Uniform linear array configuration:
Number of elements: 16
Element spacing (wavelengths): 1
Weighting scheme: exponential
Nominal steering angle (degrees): -45
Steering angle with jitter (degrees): -44.135
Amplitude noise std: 0.05
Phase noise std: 0.05

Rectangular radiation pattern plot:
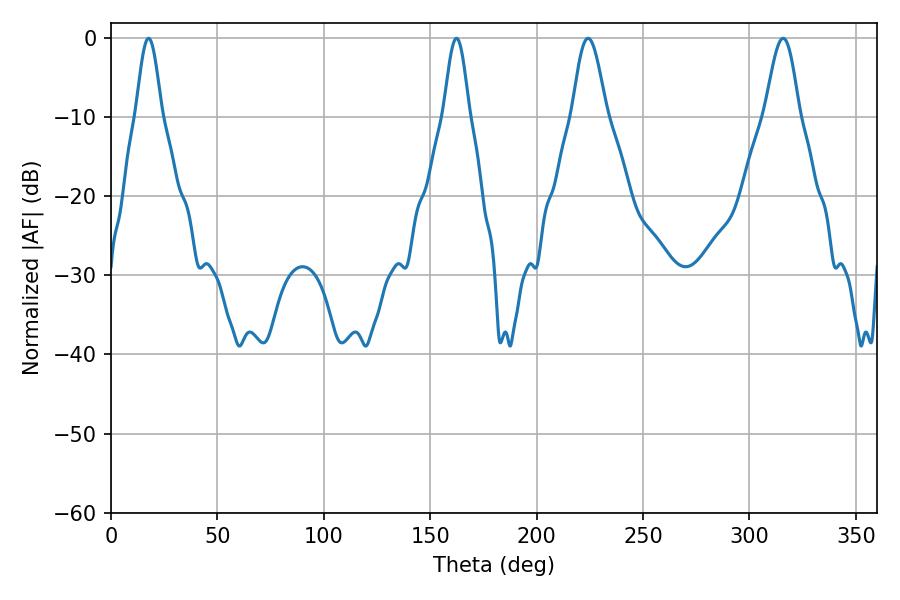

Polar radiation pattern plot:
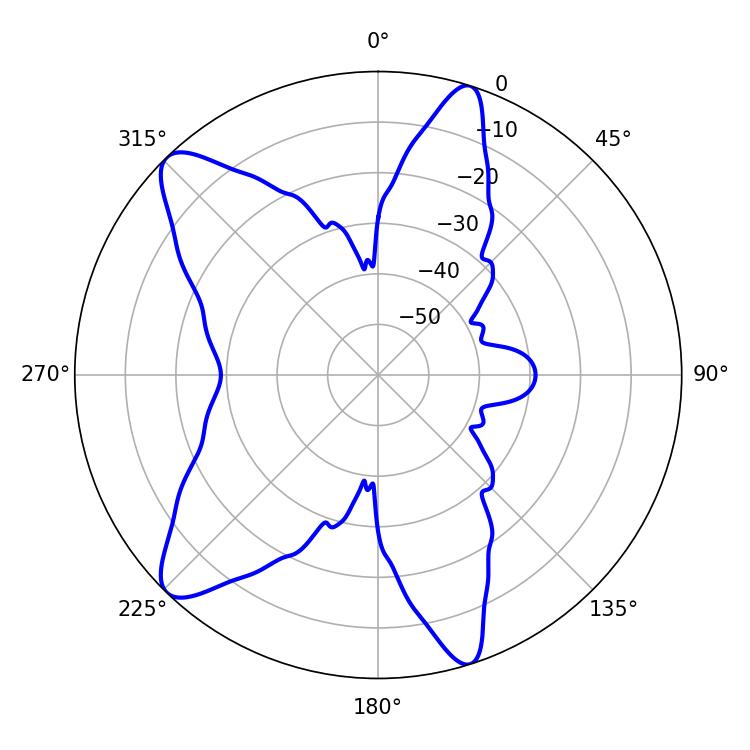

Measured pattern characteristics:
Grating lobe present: TRUE
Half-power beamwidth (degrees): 6.48
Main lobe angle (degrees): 17.64